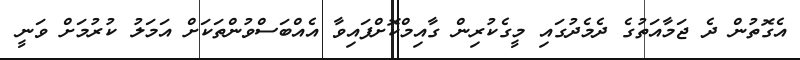
އެގޮތުން ދެ ޖަމާއަތުގެ ދެމެދުގައި މީގެކުރިން ގާއިމްކޮށްފައިވާ އެއްބަސްވުންތަކަށް އަމަލު ކުރުމަށް ވަނީ